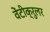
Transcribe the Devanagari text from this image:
वेंटीक्रुलर